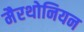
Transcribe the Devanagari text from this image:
मैरथोनियन